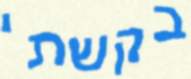
בקשתי